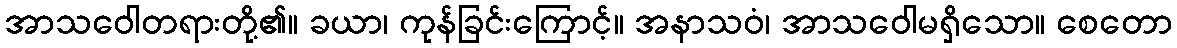
အာသဝေါတရားတို့၏။ ခယာ၊ ကုန်ခြင်းကြောင့်။ အနာသဝံ၊ အာသဝေါမရှိသော။ စေတော